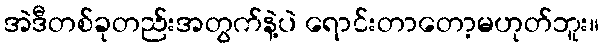
အဲဒီတစ်ခုတည်းအတွက်နဲ့ပဲ ရောင်းတာတော့မဟုတ်ဘူး။